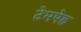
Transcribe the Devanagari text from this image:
टेमपेह